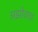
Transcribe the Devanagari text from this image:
अझोवाचा